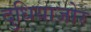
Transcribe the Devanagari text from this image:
दुधियाजोर